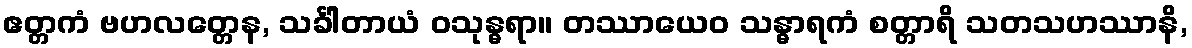
ဧတ္တကံ ဗဟလတ္တေန, သင်္ခါတာယံ ဝသုန္ဓရာ။ တဿာယေဝ သန္ဓာရကံ စတ္တာရိ သတသဟဿာနိ,